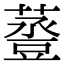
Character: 𧯷